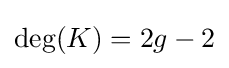
\deg(K)=2g-2